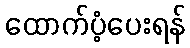
ထောက်ပံ့ပေးရန်